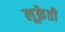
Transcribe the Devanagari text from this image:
लूक्रेती